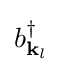
{\textstyle b_{{\mathbf {k} }_{l}}^{\dagger }}